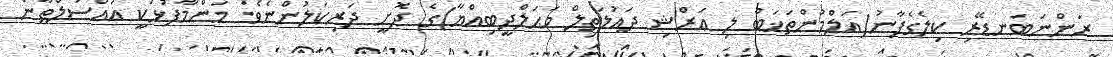
ރަންނަބަނޑޭރި ކިލެގެފާނު(އަލްމުންތަޚަބް ލި ޢަރްޝި ދައުލަތިލް މަޙަލްދީބިއްޔާ)ގެ ދޮށީ ދަރިކަލުންނެވެ. މަންމާފުޅަކީ އައްސުލްޠާން